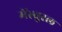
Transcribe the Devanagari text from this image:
मेंस्चुरल